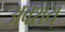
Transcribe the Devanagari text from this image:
अवशय्